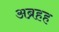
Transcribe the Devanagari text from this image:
अब्रहह